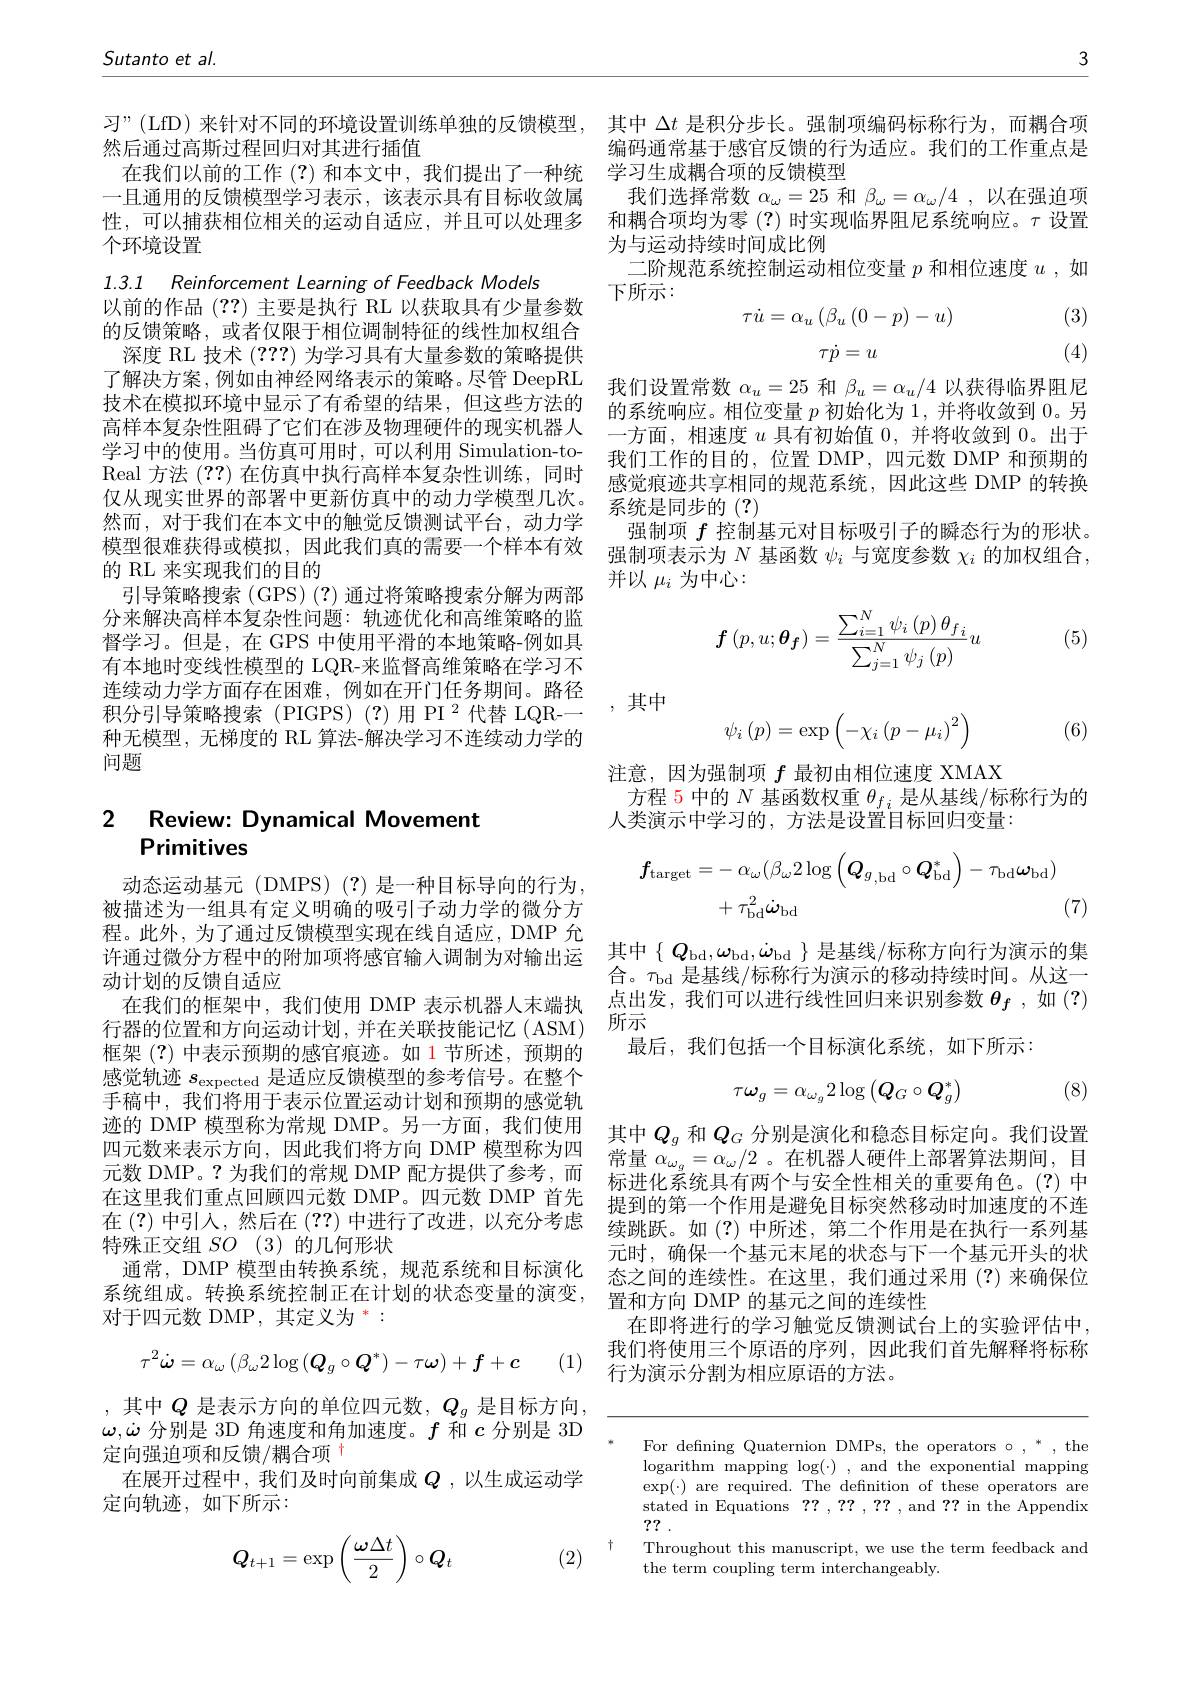
3

Sutanto et al.

习”(LfD)来针对不同的环境设置训练单独的反馈模型，其中$\Delta t$是积分步长。强制项编码标称行为，而耦合项
然后通过高斯过程回归对其进行插值
在我们以前的工作(?)和本文中，我们提出了一种统一且通用的反馈模型学习表示，该表示具有目标收敛属性，可以捕获相位相关的运动自适应，并且可以处理多个环境设置

1.3.1 Reinforcement Learning of Feedback Models
以前的作品 (??) 主要是执行 RL 以获取具有少量参数的反馈策略，或者仅限于相位调制特征的线性加权组合
深度 RL 技术 (???)为学习具有大量参数的策略提供技术在模拟环境中显示了有希望的结果，但这些方法的高样本复杂性阻碍了它们在涉及物理硬件的现实机器人学习中的使用。当仿真可用时，可以利用 Simulation-toReal 方法(??)在仿真中执行高样本复杂性训练，同时仅从现实世界的部署中更新仿真中的动力学模型几次。然而，对于我们在本文中的触觉反馈测试平台，动力学的 RL 来实现我们的目的
引导策略搜索(GPS)(?)通过将策略搜索分解为两部分来解决高样本复杂性问题：轨迹优化和高维策略的监督学习。但是，在 GPS 中使用平滑的本地策略-例如具有本地时变线性模型的 LQR-来监督高维策略在学习不连续动力学方面存在困难，例如在开门任务期间。路径$积分引导策略搜索(PIGPS)(?)用PI^{2}代替LQR--$ 种无模型，无梯度的 RL 算法-解决学习不连续动力学的问题

## 2 Review: Dynamical Movement Primitives

动态运动基元(DMPS)(?)是一种目标导向的行为， 被描述为一组具有定义明确的吸引子动力学的微分方程。此外，为了通过反馈模型实现在线自适应，DMP 允许通过微分方程中的附加项将感官输人调制为对输出运动计划的反馈自适应
在我们的框架中，我们使用 DMP 表示机器人末端执行器的位置和方向运动计划，并在关联技能记忆(ASM) 框架(?)中表示预期的感官痕迹。如 1 节所述，预期的感觉轨迹$s_\mathrm{expected}$是适应反馈模型的参考信号。在整个手稿中，我们将用于表示位置运动计划和预期的感觉轨迹的 DMP 模型称为常规 DMP。另一方面，我们使用 其中$Q_g$和$Q_G$分别是演化和稳态目标定向。我们设置四 元 数 来 表 示 方 向 , 因 此 我 们 将 方 向 DMP 模 型 称 为 四 六 十 $\mathbf{Q} _g$ He G 万 分 定 段 THa念 也 可 s Jilands 元 数 DMP ? 为 我 们 的 学 却 DMP 硬 方 提 供 了 参 差 而 常 量 $\alpha _{\omega _g}= \alpha _\omega / 2$。在 机 器 人 硬 件 上 部 署 算 法 期 间 , 目元数 DMP。?为我们的常规 DMP 配方提供了参考，而在这里我们重点回顾四元数 DMP。四元数 DMP 首先在(?)中引人，然后在(??)中进行了改进，以充分考虑 续跳跃。如(?)中所述，第二个作用是在执行一系列基
特殊正交组$SO$ (3)的几何形状
通常，DMP 模型由转换系统，规范系统和目标演化系统组成。转换系统控制正在计划的状态变量的演变， 对于四元数 DMP,其定义为“:
$$\tau^{2}\dot{\boldsymbol{\omega}}=\alpha_{\omega}\left(\beta_{\omega}2\log\left(\boldsymbol{Q}_{g}\circ\boldsymbol{Q}^{*}\right)-\tau\boldsymbol{\omega}\right)+f+c$$
(1)

,其中$Q$是表示方向的单位四元数，$Q_g$是目标方向， $\omega,\dot{\omega}$分别是 3D 角速度和角加速度。$f$和$c$分别是 3D 定向强迫项和反馈/耦合项$^{+}$
在展开过程中，我们及时向前集成$Q$ ,以生成运动学
定向轨迹，如下所示：
$$Q_{t+1}=\exp\left(\frac{\omega\Delta t}{2}\right)\circ Q_t$$
(2)

编码通常基于感官反馈的行为适应。我们的工作重点是
学习生成耦合项的反馈模型
我们选择常数$\alpha_\omega=25$和$\beta_\omega=\alpha_\omega/4$ ,以在强迫项和耦合项均为零 (?) 时实现临界阻尼系统响应。$\tau$设置为与运动持续时间成比例
二阶规范系统控制运动相位变量$p$和相位速度$u$,如
下所示：
$$\tau\dot{u}=\alpha_u\left(\beta_u\left(0-p\right)-u\right)$$
(3)

(4)

了解决方案，例如由神经网络表示的策略。尽管 DeepRL 我们设置常数$\alpha_u=25$和$\beta_u=\alpha_u/4$以获得临界阻尼
的系统响应。相位变量$p$初始化为 1,并将收敛到0。另一方面，相速度$u$具有初始值0，并将收敛到0。出于我们工作的目的，位置 DMP,四元数 DMP 和预期的感觉痕迹共享相同的规范系统，因此这些 DMP 的转换系统是同步的(?)
强制项$f$控制基元对目标吸引子的瞬态行为的形状。
模型很难获得或模拟，因此我们真的需要一个样本有效 强制项表示为$N$基函数$\psi_i$与宽度参数$\chi_i$的加权组合，
并以$\mu_i$为中心
$$\boldsymbol{f}\left(p,u;\boldsymbol{\theta}_{\boldsymbol{f}}\right)=\frac{\sum_{i=1}^{N}\psi_{i}\left(p\right)\theta_{f\:i}}{\sum_{j=1}^{N}\psi_{j}\left(p\right)}u$$
(5)
$$\psi_i\left(p\right)=\exp\left(-\chi_i\left(p-\mu_i\right)^2\right)$$
,其中

(6)

注意，因为强制项$f$最初由相位速度 XMAX
方程 5 中的 $N$ 基函数权重 $\theta_f_i$ 是从基线/标称行为的
人类演示中学习的，方法是设置目标回归变量：
$$\begin{aligned}\boldsymbol{f}_{\mathrm{target}}&=-\:\alpha_{\omega}(\beta_{\omega}2\log\left(\boldsymbol{Q}_{g,\mathrm{bd}}\circ\boldsymbol{Q}_{\mathrm{bd}}^{*}\right)-\tau_{\mathrm{bd}}\boldsymbol{\omega}_{\mathrm{bd}})\\&+\tau_{\mathrm{bd}}^{2}\dot{\omega}_{\mathrm{bd}}\end{aligned}$$
(7)

其中$\{Q_\mathrm{bd},\omega_\mathrm{bd},\dot{\omega}_\mathrm{bd}\}$是基线/标称方向行为演示的集合。$\tau_\mathrm{bd}$是基线/标称行为演示的移动持续时间。从这一点出发，我们可以进行线性回归来识别参数$\theta_f$,如(?) 所示
最后，我们包括一个目标演化系统，如下所示：
$$\tau\boldsymbol{\omega}_g=\alpha_{\omega_g}2\log\left(\boldsymbol{Q}_G\circ\boldsymbol{Q}_g^*\right)$$
(8)

标进化系统具有两个与安全性相关的重要角色。(?)中提到的第一个作用是避免目标突然移动时加速度的不连元时，确保一个基元末尾的状态与下一个基元开头的状态之间的连续性。在这里，我们通过采用(?)来确保位置和方向 DMP 的基元之间的连续性
在即将进行的学习触觉反馈测试台上的实验评估中我们将使用三个原语的序列，因此我们首先解释将标称行为演示分割为相应原语的方法。

For defining Quaternion DMPs, the operators o ,“, the logarithm mapping $\log(\cdot)$, and the exponential mapping $\exp(\cdot)$ are required. The definition of these operators are stated in Equations ? ? , ? ? , ? ? , and ? ? in the Appendix ??
$\dagger$
Throughout this manuscript, we use the term feedback and
the term coupling term interchangeably